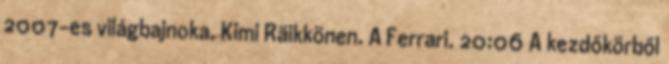
2007-es világbajnoka, Kimi Räikkönen. A Ferrari. 20:06 A kezdőkörből